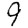
Digit: 9